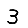
Digit: 3